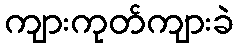
ကျားကုတ်ကျားခဲ